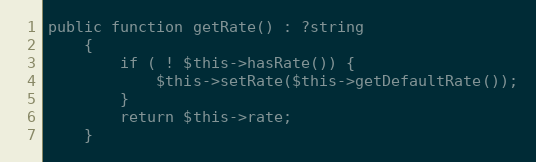
Language: PHP
public function getRate() : ?string
    {
        if ( ! $this->hasRate()) {
            $this->setRate($this->getDefaultRate());
        }
        return $this->rate;
    }